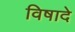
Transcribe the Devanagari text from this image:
विषादे